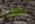
دافن